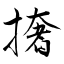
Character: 撦